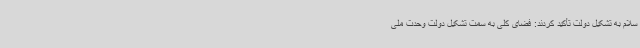
سلام به تشکیل دولت تأکید کردند: فضای کلی به سمت تشکیل دولت وحدت ملی